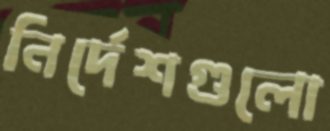
নির্দেশগুলো